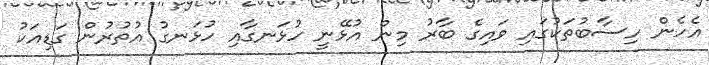
އެހެން ހިސާބުތަކުގައި ވައިގެ ބާރު މިން އުޅޭނީ ހުޅަނގާއި ހުޅަނގު އުތުރުން ގަޑިއަކު